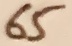
Text: 65